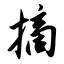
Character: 摘